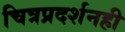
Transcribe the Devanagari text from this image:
चित्रप्रदर्शनही